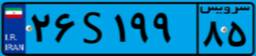
۲۶S۱۹۹۸۵